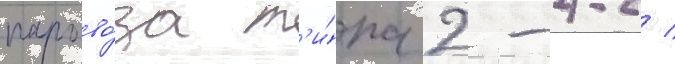
парово́за т'и́па 2-4-2 /